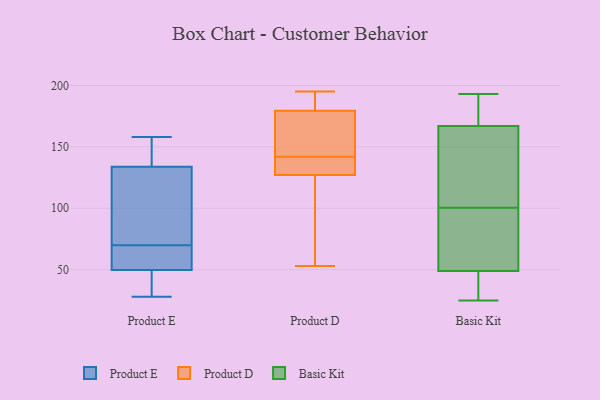
{"axis": {"x": "Net Income (USD K)", "y": "Value"}, "legend": ["Basic Kit", "Product D", "Product E"], "data": [{"x": "", "y": 51, "type": "Product E"}, {"x": "", "y": 69, "type": "Product E"}, {"x": "", "y": 70, "type": "Product E"}, {"x": "", "y": 151, "type": "Product E"}, {"x": "", "y": 158, "type": "Product E"}, {"x": "", "y": 28, "type": "Product E"}, {"x": "", "y": 155, "type": "Product E"}, {"x": "", "y": 43, "type": "Product E"}, {"x": "", "y": 81, "type": "Product E"}, {"x": "", "y": 76, "type": "Product E"}, {"x": "", "y": 128, "type": "Product E"}, {"x": "", "y": 46, "type": "Product E"}, {"x": "", "y": 68, "type": "Product E"}, {"x": "", "y": 125, "type": "Product D"}, {"x": "", "y": 195, "type": "Product D"}, {"x": "", "y": 53, "type": "Product D"}, {"x": "", "y": 144, "type": "Product D"}, {"x": "", "y": 140, "type": "Product D"}, {"x": "", "y": 136, "type": "Product D"}, {"x": "", "y": 120, "type": "Product D"}, {"x": "", "y": 192, "type": "Product D"}, {"x": "", "y": 170, "type": "Product D"}, {"x": "", "y": 189, "type": "Product D"}, {"x": "", "y": 129, "type": "Product D"}, {"x": "", "y": 147, "type": "Product D"}, {"x": "", "y": 167, "type": "Basic Kit"}, {"x": "", "y": 28, "type": "Basic Kit"}, {"x": "", "y": 84, "type": "Basic Kit"}, {"x": "", "y": 96, "type": "Basic Kit"}, {"x": "", "y": 105, "type": "Basic Kit"}, {"x": "", "y": 193, "type": "Basic Kit"}, {"x": "", "y": 25, "type": "Basic Kit"}, {"x": "", "y": 49, "type": "Basic Kit"}, {"x": "", "y": 178, "type": "Basic Kit"}, {"x": "", "y": 159, "type": "Basic Kit"}]}